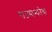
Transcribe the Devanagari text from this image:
राजमान्यतेचा